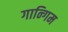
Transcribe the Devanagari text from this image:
गान्गिम